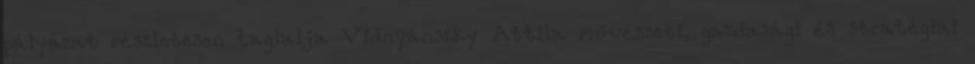
pályázat részletesen taglalja Vidnyánszky Attila művészeti, gazdasági és stratégiai